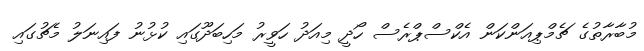
މުބާރާތުގެ ޗެމްޕިއަންކަން އެކްސްޕްރެސް ހޯދީ މިއަދު ހަވީރު މަހިބަދޫގައި ކުޅުނު ފައިނަލު މެޗުގައި